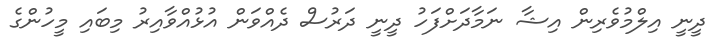
ދީނީ އިލްމުވެރިން އިޝާ ނަމާދަށްފަހު ދީނީ ދަރުސް ދެއްވަން އުޅުއްވާއިރު މިބައި މީހުންގެ